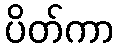
ပိတ်ကာ